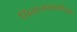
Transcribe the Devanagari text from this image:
चिंताजनकरीत्या